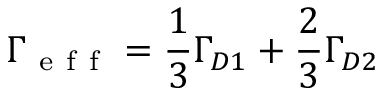
\Gamma _ { \mathrm { ~ e ~ f ~ f ~ } } = \frac { 1 } { 3 } \Gamma _ { D 1 } + \frac { 2 } { 3 } \Gamma _ { D 2 }